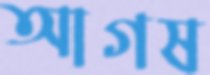
আগষ